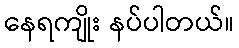
နေရကျိုး နပ်ပါတယ်။